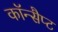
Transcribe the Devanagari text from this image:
कॉन्सैप्ट